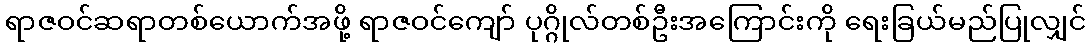
ရာဇဝင်ဆရာတစ်ယောက်အဖို့ ရာဇဝင်ကျော် ပုဂ္ဂိုလ်တစ်ဦးအကြောင်းကို ရေးခြယ်မည်ပြုလျှင်